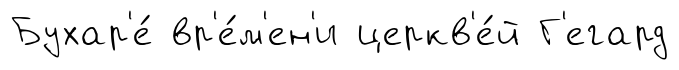
Бухар'е́ вр'е́м'ен'и церкв'е́й Г'егард